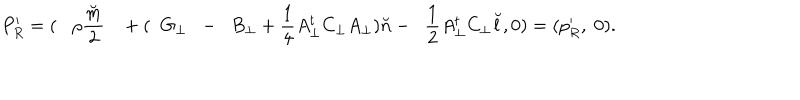
P _ { R } ^ { \prime } = ( { \rho } \frac { \breve { m } } { 2 } + ( \; \; G _ { \bot } \; \; - \; \; B _ { \bot } + \frac { 1 } { 4 } A _ { \bot } ^ { t } C _ { \bot } A _ { \bot } ) { \breve { n } } - \; \; \frac { 1 } { 2 } A _ { \bot } ^ { t } C _ { \bot } { \breve { l } } , 0 ) = ( p _ { R } ^ { \prime } , \; 0 ) .